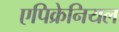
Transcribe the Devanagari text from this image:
एपिक्रेनियल